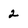
Character: 2